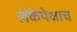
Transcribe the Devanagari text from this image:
लंकेपेक्षाच